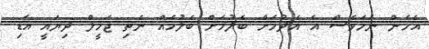
އެހެން ނަމަވެސް އެ އެދުމަށް ބެލުމަށް ބެލުމެއް ނެތި ޖަމީލް ދިޔައީ އަޑި